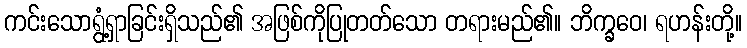
ကင်းသောရွံ့ရှာခြင်းရှိသည်၏ အဖြစ်ကိုပြုတတ်သော တရားမည်၏။ ဘိက္ခဝေ၊ ရဟန်းတို့။